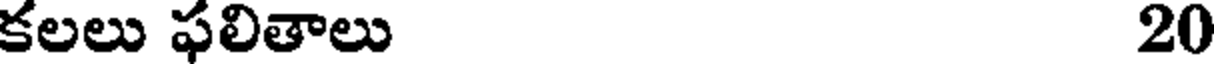
కలలు ఫలితాలు 20